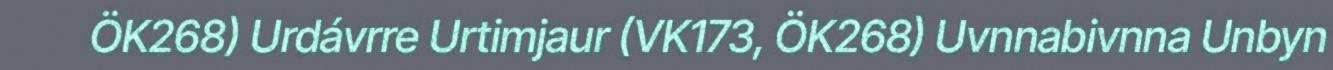
ÖK268) Urdávrre Urtimjaur (VK173, ÖK268) Uvnnabivnna Unbyn